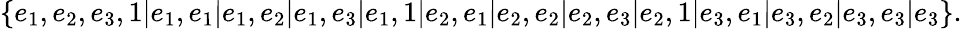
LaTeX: \{ e_{1},e_{2},e_{3},1|e_{1},e_{1}|e_{1},e_{2}|e_{1},e_{3}|e_{1},1|e_{2},e_{1}|e_{2},e_{2}|e_{2},e_{3}|e_{2},1|e_{3},e_{1}|e_{3},e_{2}|e_{3},e_{3}|e_{3}\} .